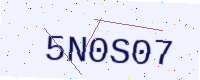
Text: 5N0S07